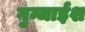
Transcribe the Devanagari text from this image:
गुन्जाईश